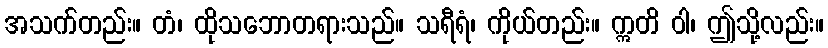
အသက်တည်း။ တံ၊ ထိုသဘောတရားသည်။ သရီရံ၊ ကိုယ်တည်း။ ဣတိ ဝါ၊ ဤသို့လည်း။